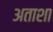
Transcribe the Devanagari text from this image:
अताशा